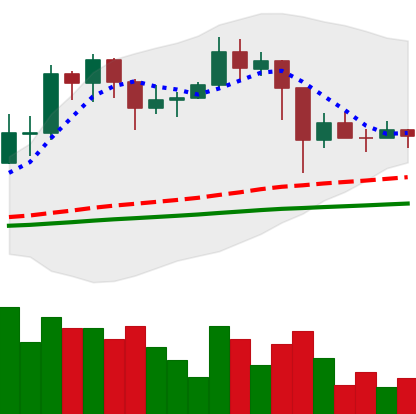
Ticker: TRX-USD
Chart end date: 2021-02-28
Forward return: 10.125%
Label: up_7plus